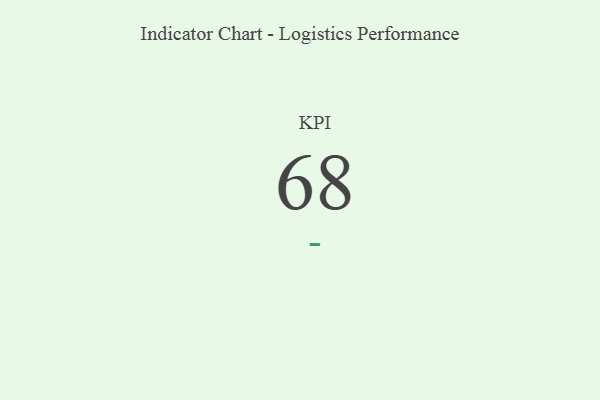
{"axis": {"x": "KPI", "y": "Value"}, "legend": [""], "data": [{"x": "KPI", "y": 68, "type": ""}]}